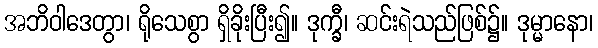
အဘိဝါဒေတွာ၊ ရိုသေစွာ ရှိခိုးပြီး၍။ ဒုက္ခီ၊ ဆင်းရဲသည်ဖြစ်၌။ ဒုမ္မာနော၊